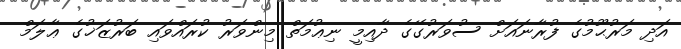
އަދި މަރުޙޫމުގެ ފުރާނައަށް ސުވަރުގޭގެ ދާއިމީ ނިޢުމަތް މިންވަރު ކުރައްވައި ބަރުޒަޚުގެ ޢާލަމް